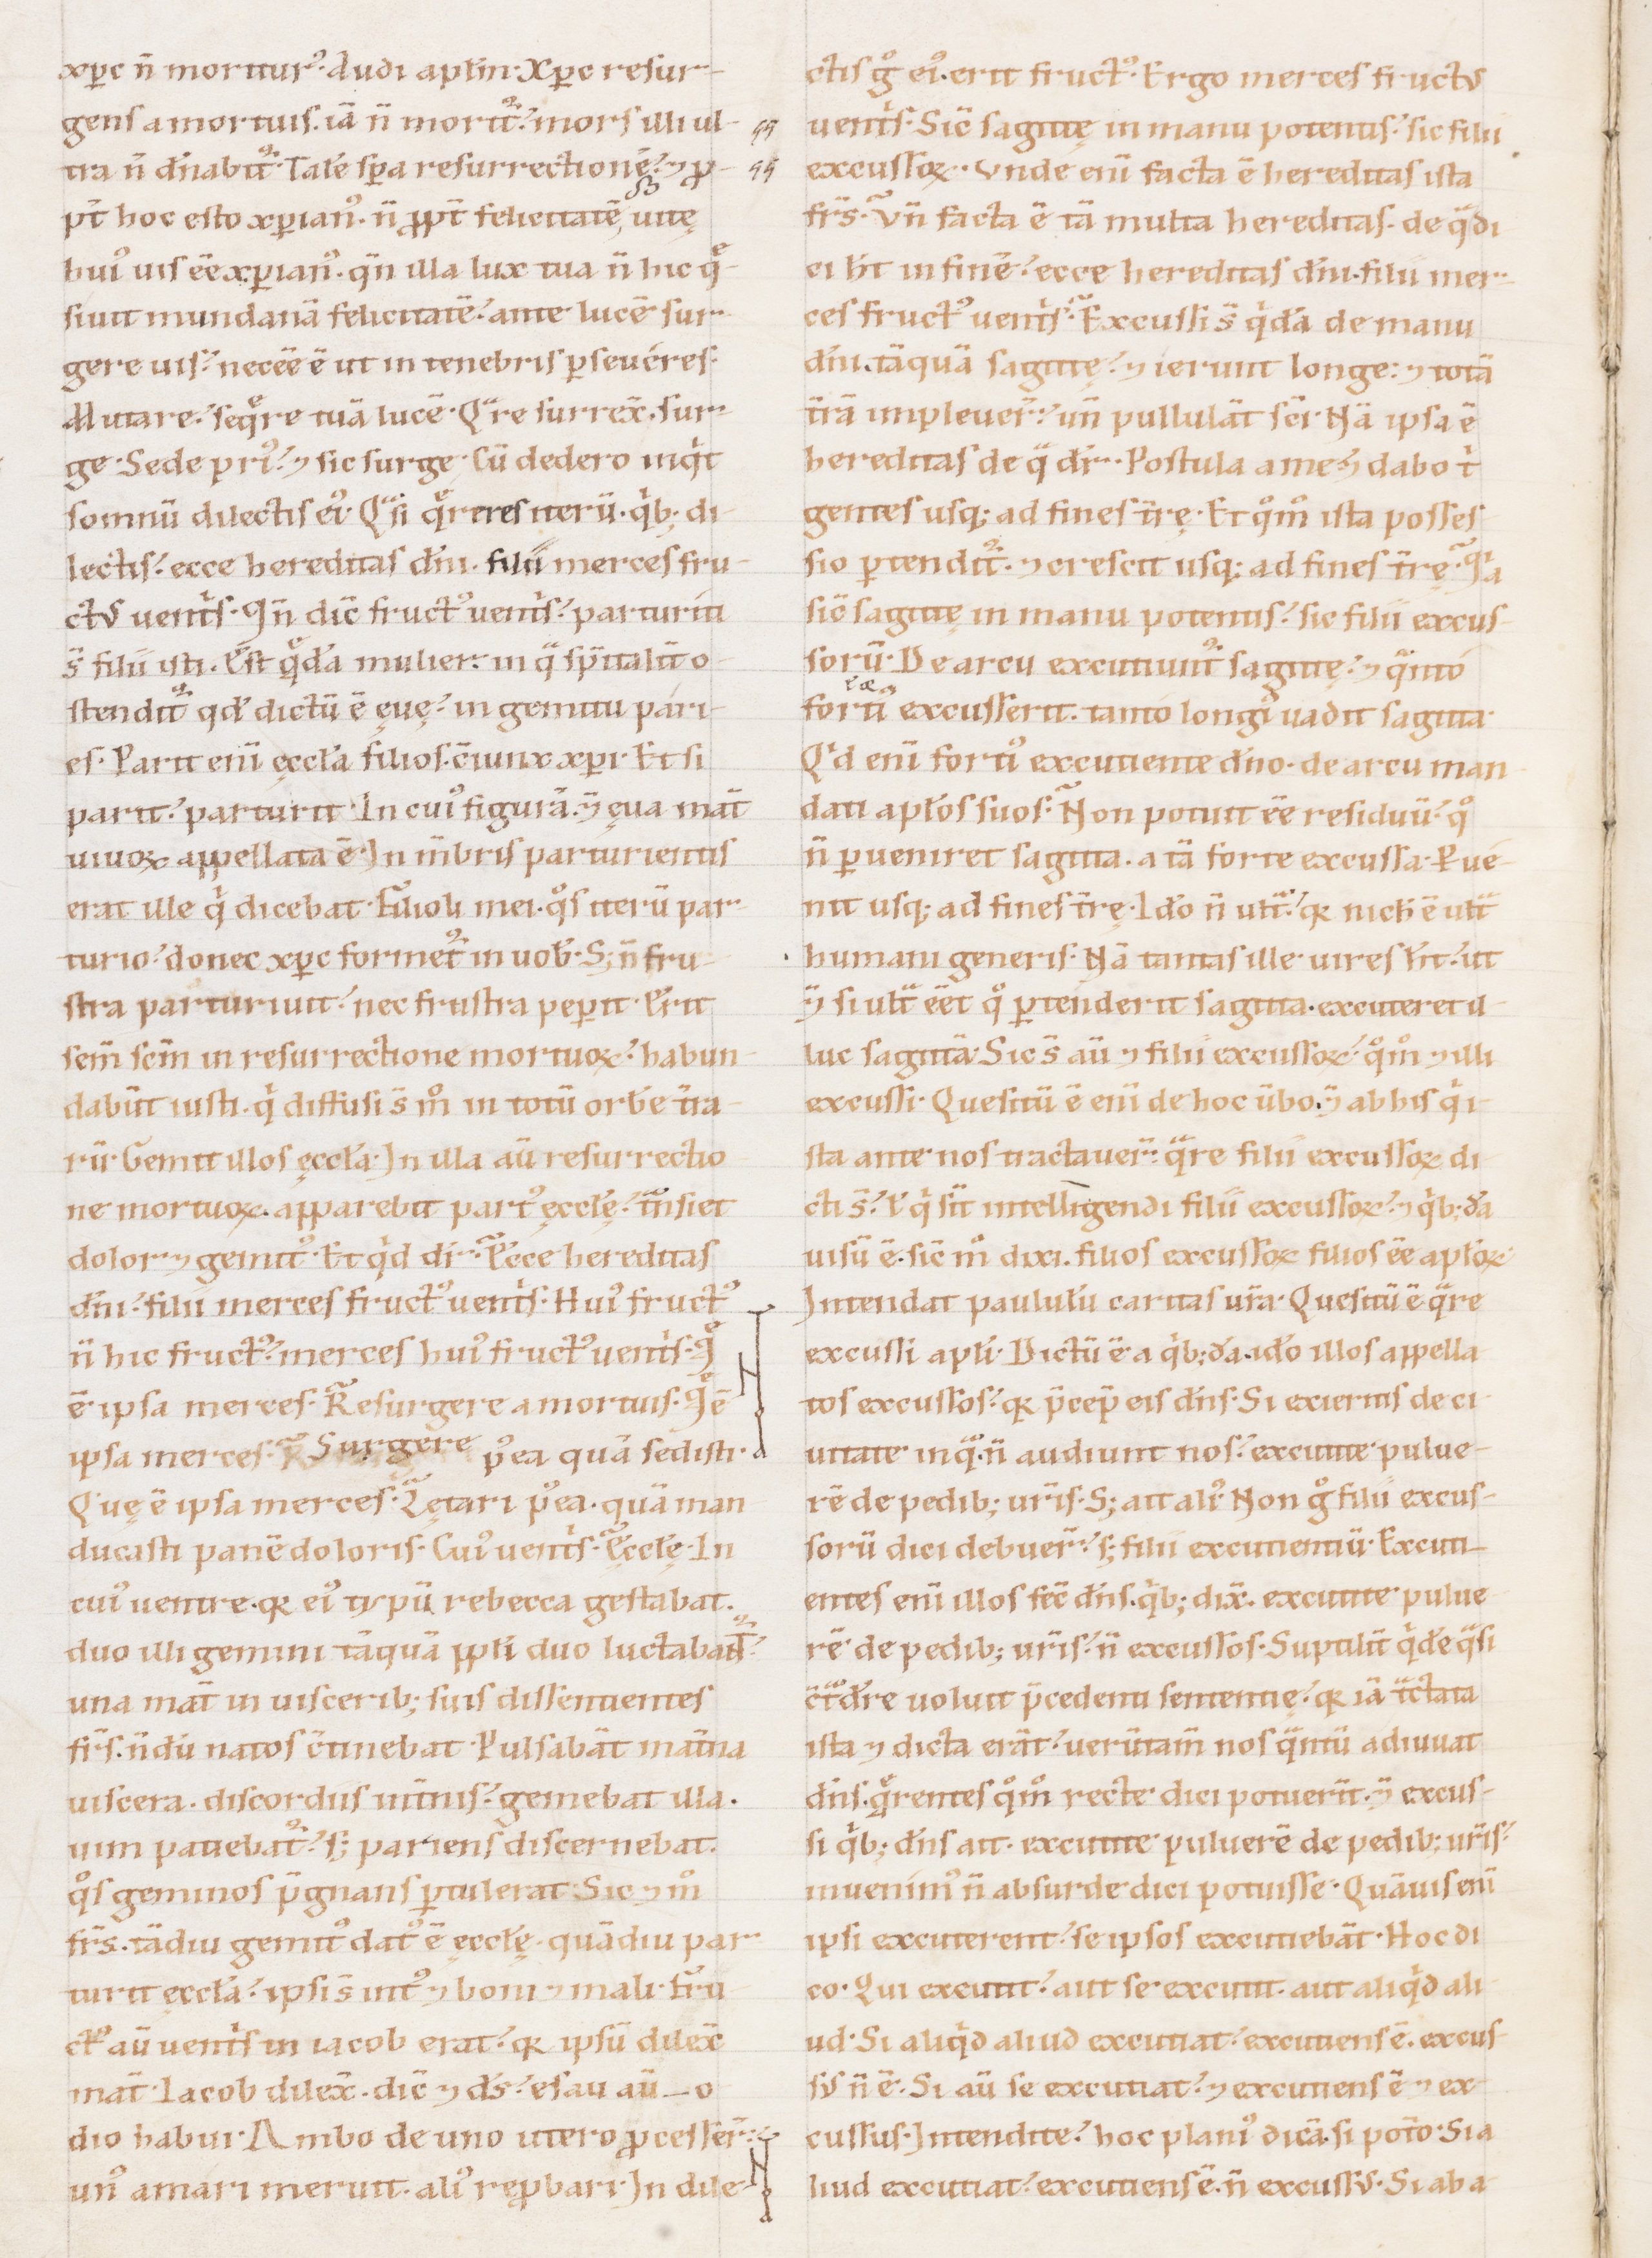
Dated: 1100–1199